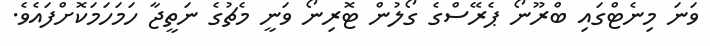
ވަނަ މިނެޓްގައި ބްރޫނޯ ޕެރޭސްގެ ގޯލުން ޓޮރިނޯ ވަނީ މެޗުގެ ނަތީޖާ ހަމަހަމަކޮށްފައެވެ.